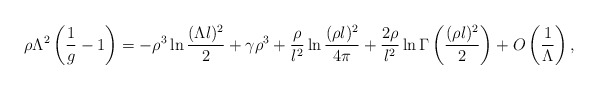
\begin{align*}\rho\Lambda^2 \left(\frac{1}{g}-1\right)= - \rho^3\ln\frac{(\Lambda l)^2}{2}+\gamma\rho^3 + \frac{\rho}{l^2}\ln\frac{(\rho l)^2}{4\pi} + \frac{2\rho}{l^2}\ln\Gamma\left(\frac{(\rho l)^2}{2}\right) + O\left(\frac{1}{\Lambda}\right),\end{align*}